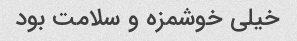
خیلی خوشمزه و سلامت بود